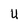
Character: U